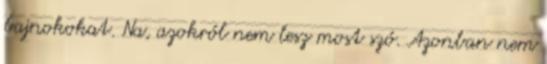
bajnokokat. Na, azokról nem lesz most szó. Azonban nem